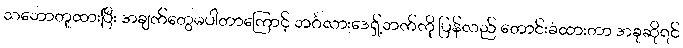
သဘောတူထားပြီး အချက်တွေမပါတာကြောင့် ဘင်္ဂလားဒေရှ့်ဘက်ကို ပြန်လည် တောင်းခံထားတာ အခုဆိုရင်